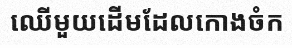
ឈើមួយដើមដែលកោងចំក